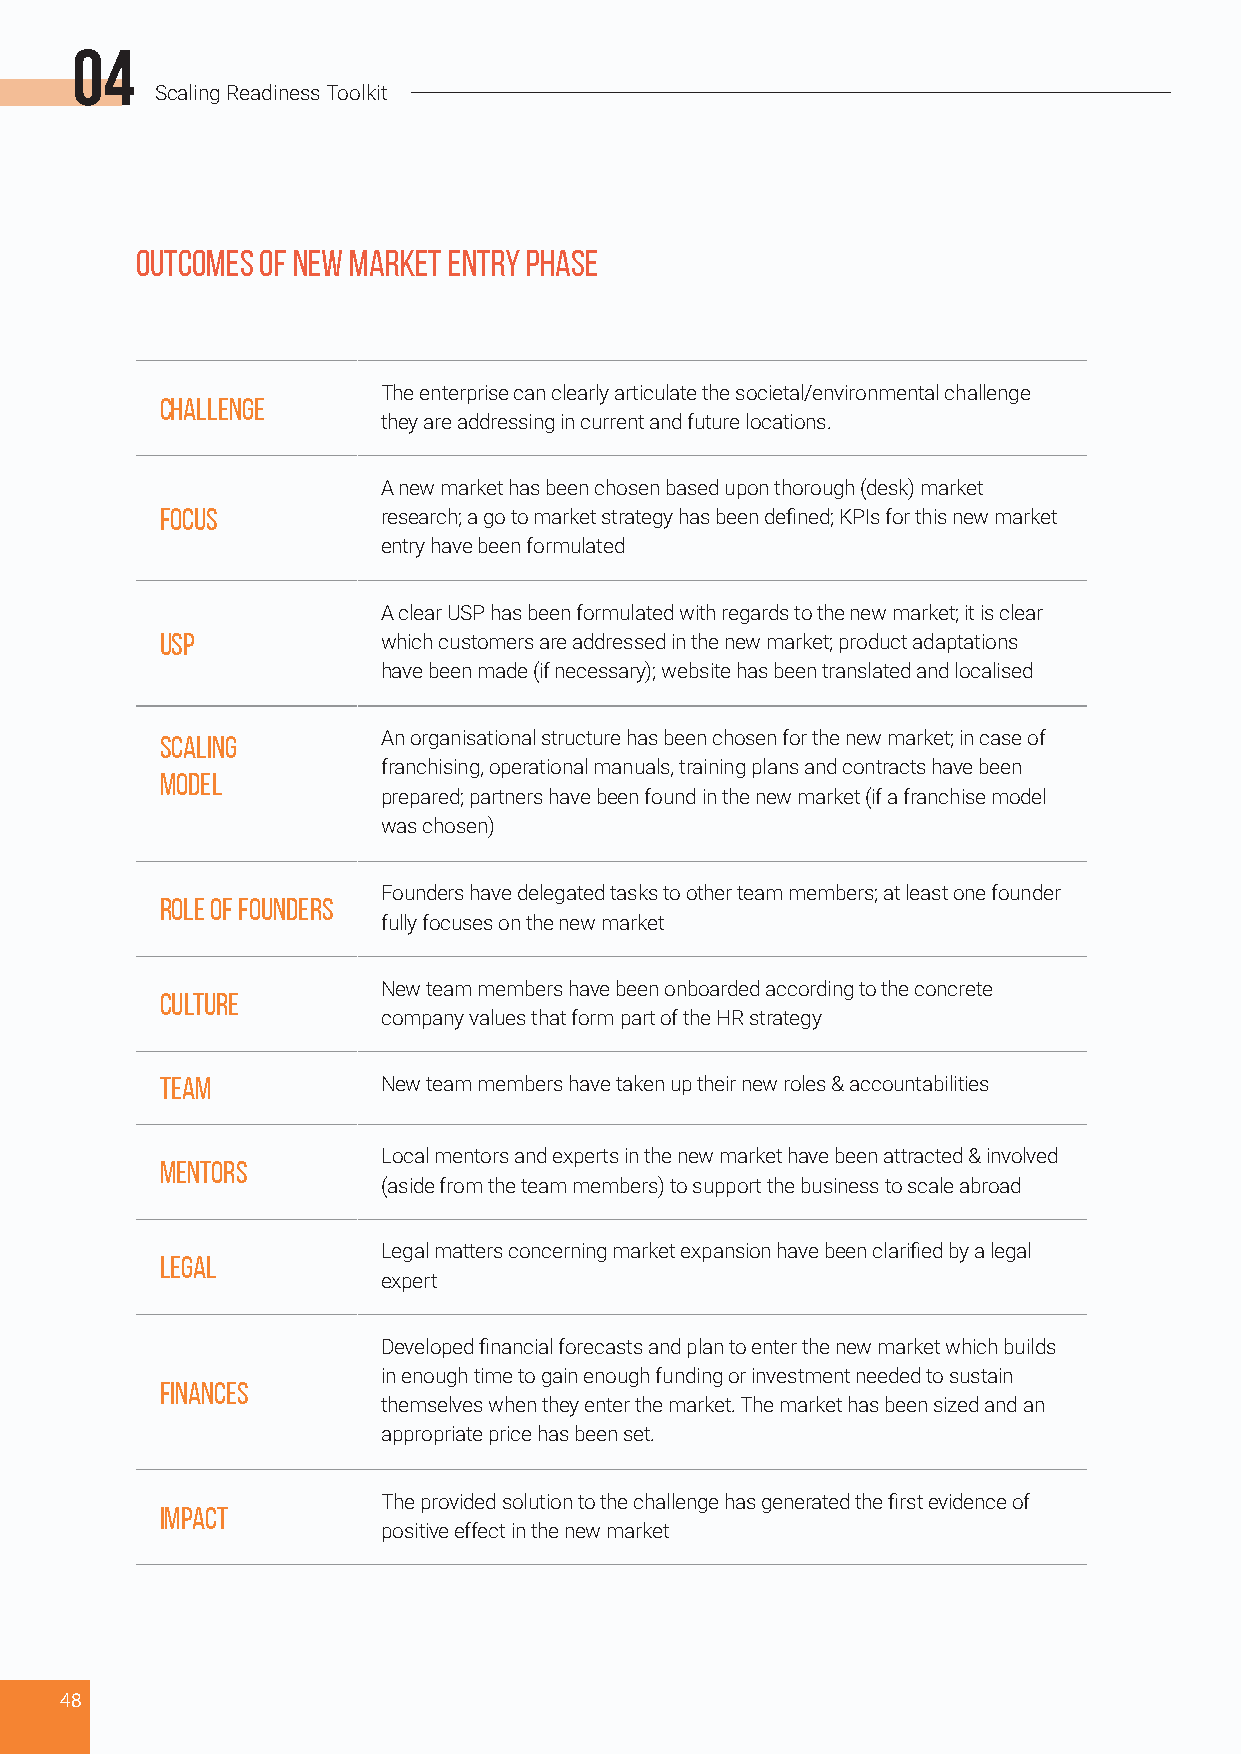
04
 Scaling Readiness Toolkit
 Outcomes of New Market Entry phase
 The enterprise can clearly articulate the societal/environmental challenge
 Challenge
 they are addressing in current and future locations.
 A new market has been chosen based upon thorough (desk) market
 Focus         research; a go to market strategy has been defined; KPIs for this new market
 entry have been formulated
 A clear USP has been formulated with regards to the new market; it is clear
 USP           which customers are addressed in the new market; product adaptations
 have been made (if necessary); website has been translated and localised
 Scaling       An organisational structure has been chosen for the new market; in case of
 franchising, operational manuals, training plans and contracts have been
 model
 prepared; partners have been found in the new market (if a franchise model
 was chosen)
 Founders have delegated tasks to other team members; at least one founder
 Role of founders
 fully focuses on the new market
 New team members have been onboarded according to the concrete
 Culture
 company values that form part of the HR strategy
 Team          New team members have taken up their new roles & accountabilities
 Local mentors and experts in the new market have been attracted & involved
 Mentors
 (aside from the team members) to support the business to scale abroad
 Legal matters concerning market expansion have been clarified by a legal
 Legal
 expert
 Developed financial forecasts and plan to enter the new market which builds
 in enough time to gain enough funding or investment needed to sustain
 Finances
 themselves when they enter the market. The market has been sized and an
 appropriate price has been set.
 The provided solution to the challenge has generated the first evidence of
 Impact
 positive effect in the new market
 48